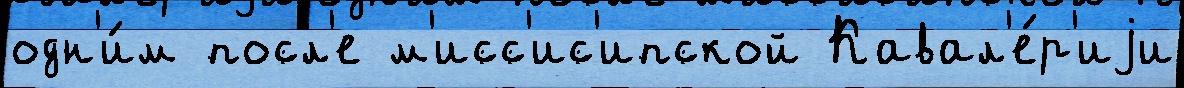
одн'и́м посл'е м'исс'ис'ипской Кавал'е́р'иjи